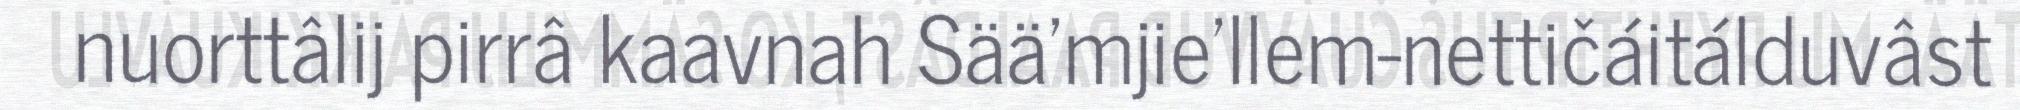
nuorttâlij pirrâ kaavnah Sää'mjie'llem-nettičáitálduvâst